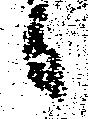
候